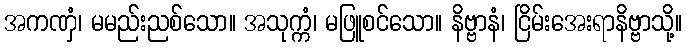
အကဏှံ၊ မမည်းညစ်သော။ အသုက္ကံ၊ မဖြူစင်သော။ နိဗ္ဗာနံ၊ ငြိမ်းအေးရာနိဗ္ဗာသို့။